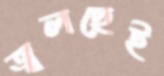
জ্বলছেই